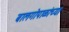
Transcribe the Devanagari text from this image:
बालगोपाळांच्या